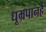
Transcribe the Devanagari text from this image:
धूम्रपानहै